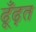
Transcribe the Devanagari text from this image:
ढूँढ़त